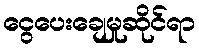
ငွေပေးချေမှုဆိုင်ရာ